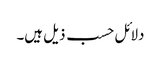
دلائل حسب ذیل ہیں۔